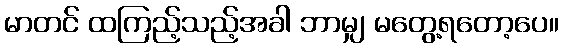
မာတင် ထကြည့်သည့်အခါ ဘာမျှ မတွေ့ရတော့ပေ။